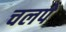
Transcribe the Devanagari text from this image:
चलपे